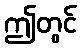
ဤတွင်